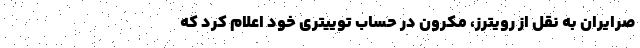
صرایران به نقل از رویترز، مکرون در حساب توییتری خود اعلام کرد که